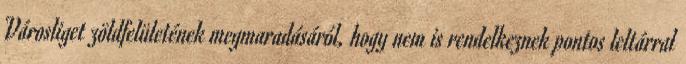
Városliget zöldfelületének megmaradásáról, hogy nem is rendelkeznek pontos leltárral